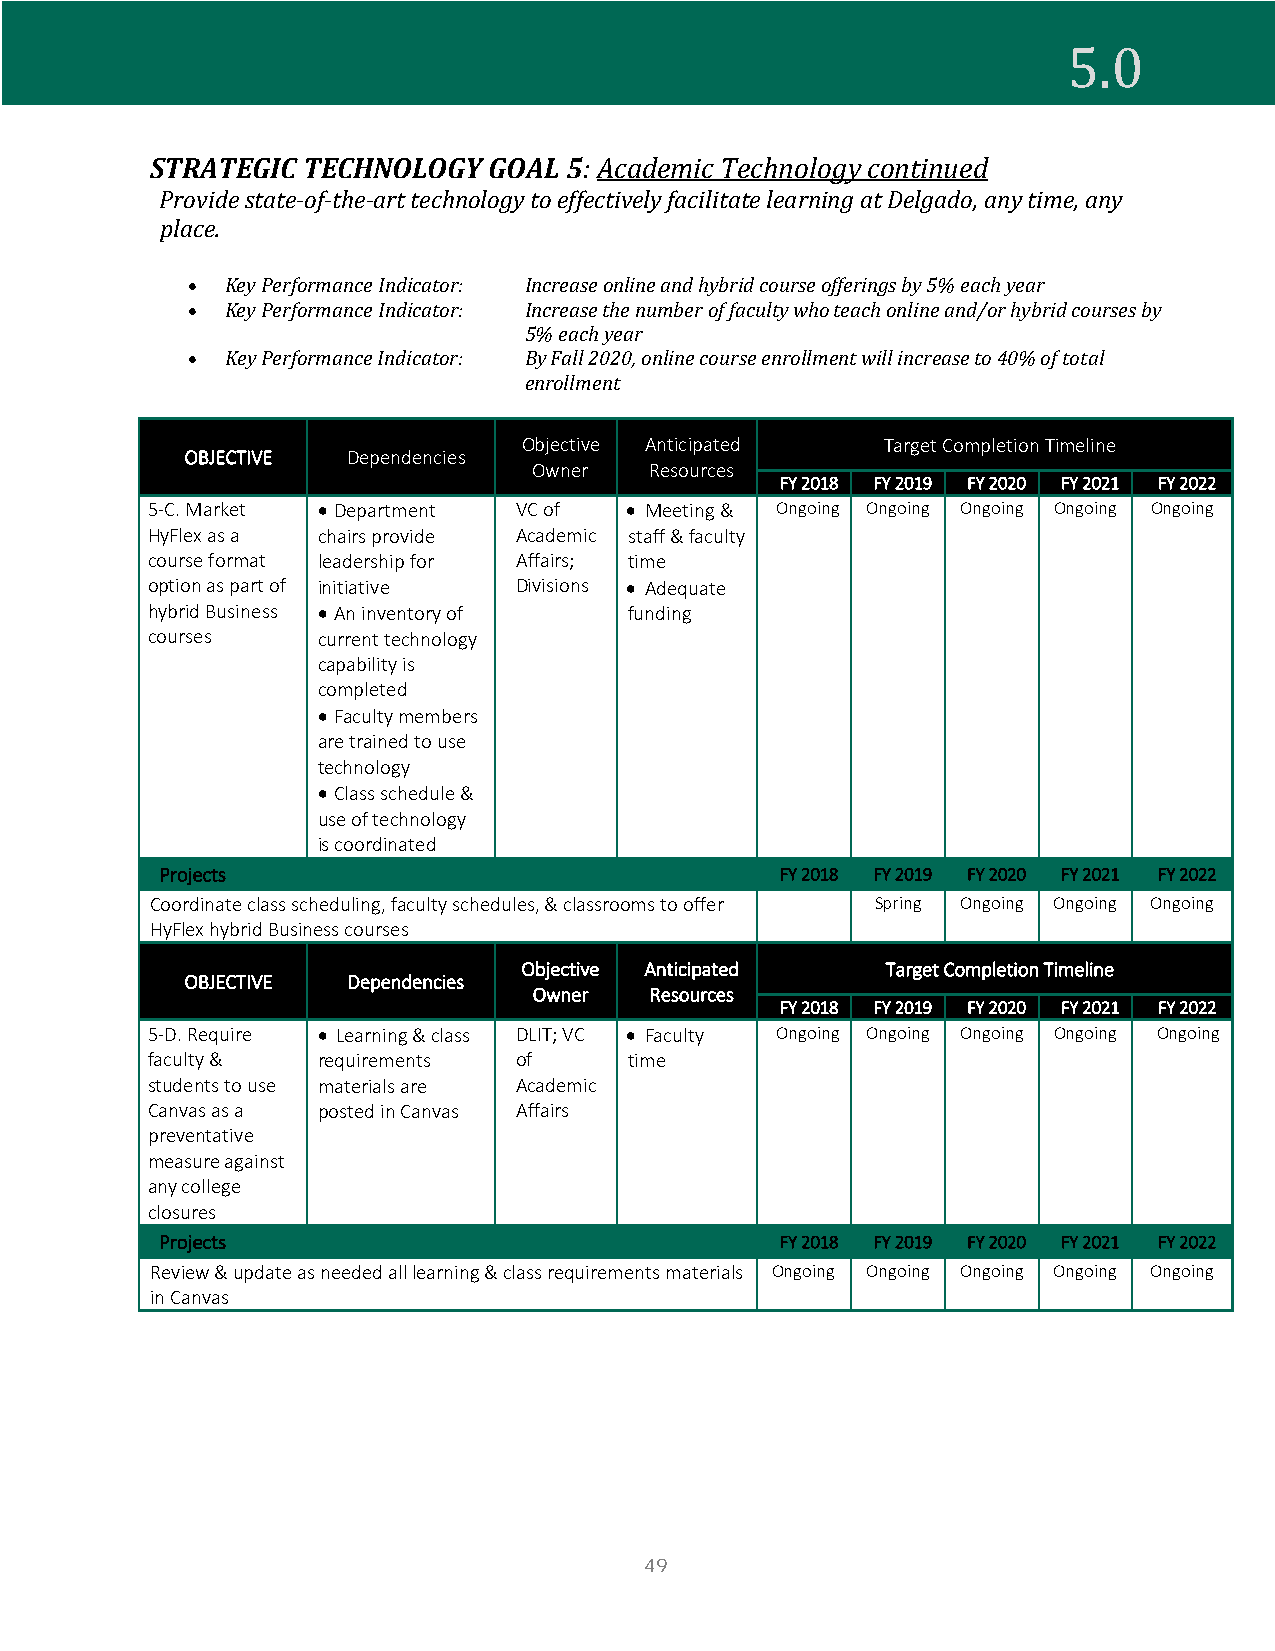
STRATEGIC TECHNOLOGY  GOAL  5: Academic Technology continued
 5.0
 Provide state-of-the-art technology to effectively facilitate learning at Delgado, any time, any
 place.
 •  Key Performance Indicator: Increase online and hybrid course offerings by 5% each year
 •  Key Performance Indicator: Increase the number of faculty who teach online and/or hybrid courses by
 5% each year
 •  Key Performance Indicator: By Fall 2020, online course enrollment will increase to 40% of total
 enrollment
 Objective Anticipated   Target Completion Timeline
 OBJECTIVE  Dependencies
 Owner   Resources
 FY 2018 FY 2019 FY 2020 FY 2021 FY 2022
 5-C. Market • Department VC of • Meeting & Ongoing Ongoing Ongoing Ongoing Ongoing
 HyFlex as a chairs provide Academic staff & faculty
 course format leadership for Affairs; time
 option as part of initiative Divisions • Adequate
 hybrid Business • An inventory of funding
 courses    current technology
 capability is
 completed
 • Faculty members
 are trained to use
 technology
 • Class schedule &
 use of technology
 is coordinated
 Projects                                 FY 2018 FY 2019 FY 2020 FY 2021 FY 2022
 Coordinate class scheduling, faculty schedules, & classrooms to offer Spring Ongoing Ongoing Ongoing
 HyFlex hybrid Business courses
 Objective Anticipated   Target Completion Timeline
 OBJECTIVE  Dependencies
 Owner   Resources
 FY 2018 FY 2019 FY 2020 FY 2021 FY 2022
 5-D. Require • Learning & class DLIT; VC • Faculty Ongoing Ongoing Ongoing Ongoing Ongoing
 faculty &  requirements of      time
 students to use materials are Academic
 Canvas as a posted in Canvas Affairs
 preventative
 measure against
 any college
 closures
 Projects                                 FY 2018 FY 2019 FY 2020 FY 2021 FY 2022
 Review & update as needed all learning & class requirements materials Ongoing Ongoing Ongoing Ongoing Ongoing
 in Canvas
 49